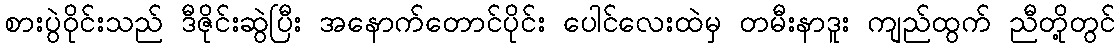
စားပွဲဝိုင်းသည် ဒီဇိုင်းဆွဲပြီး အနောက်တောင်ပိုင်း ပေါင်လေးထဲမှ တမီးနာဒူး ကျည်ထွက် ညီတို့တွင်